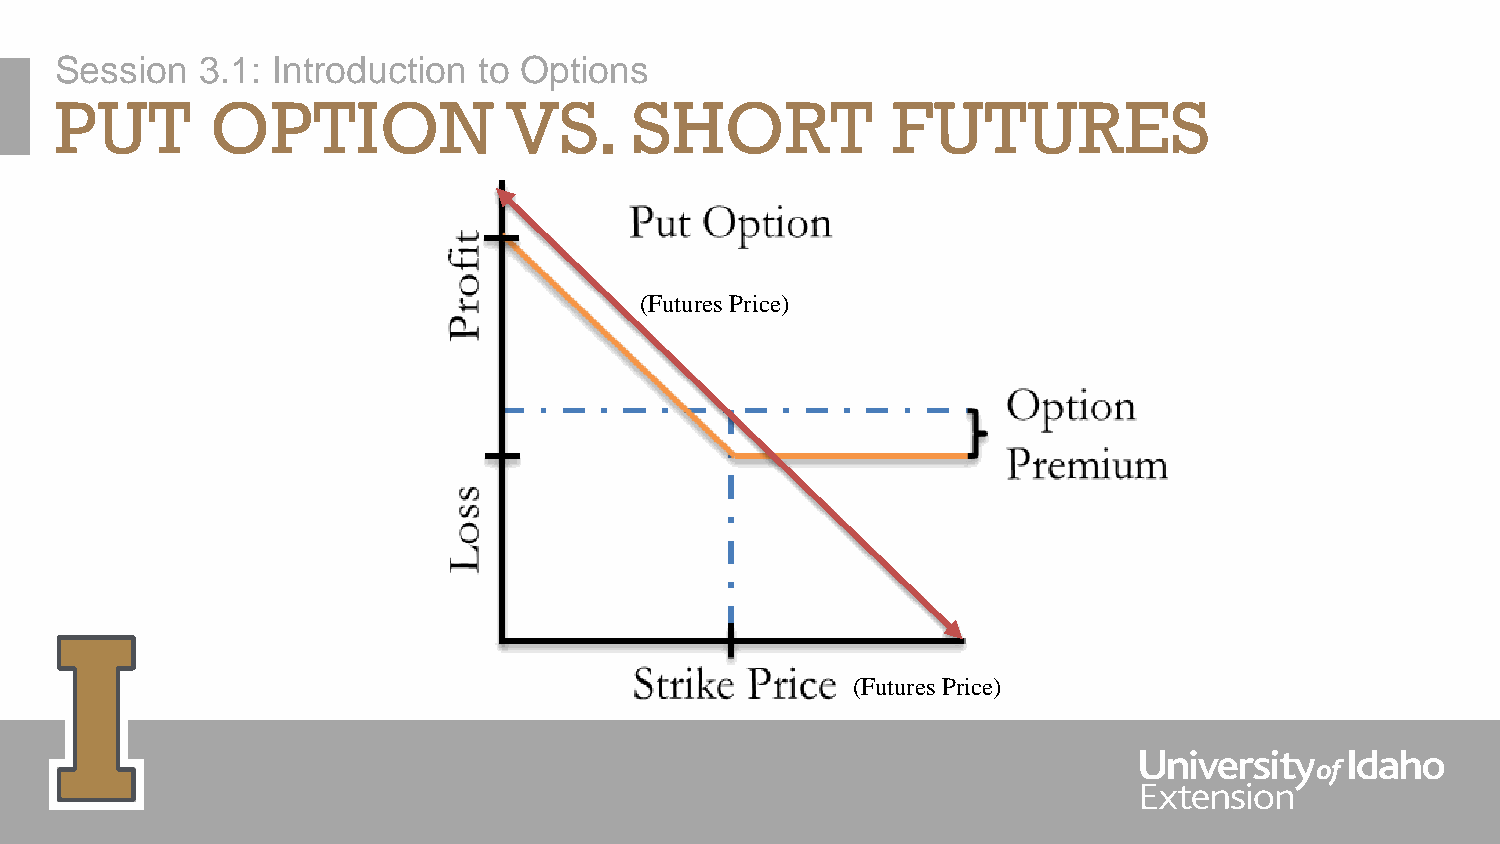
Session  3.1: Introduction  to Options
 PUT       OPTION              VS.     SHORT            FUTURES
 (Futures Price)
 (Futures Price)